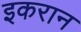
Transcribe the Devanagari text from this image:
इकरान